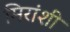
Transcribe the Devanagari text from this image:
मिरांशी